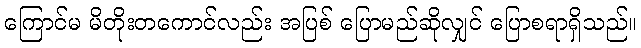
ကြောင်မ မိတိုးတကောင်လည်း အပြစ် ပြောမည်ဆိုလျှင် ပြောစရာရှိသည်။